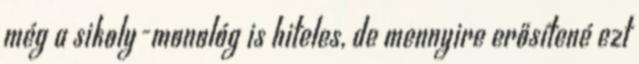
még a sikoly-monológ is hiteles, de mennyire erősítené ezt